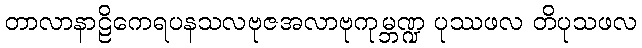
တာလာနာဠိကေရပနသလဗုဇအလာဗုကုမ္ဘဏ္ဍ ပုဿဖလ တိပုသဖလ